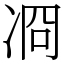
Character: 㓏